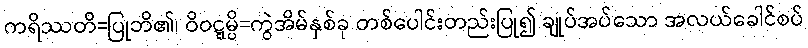
ကရိဿတိ=ပြုဘိ၏၊ ဝိဝဋ္ဋမ္ပိ=ကွဲအိမ်နှစ်ခု တစ်ပေါင်းတည်းပြု၍ ချုပ်အပ်သော အလယ်ခေါင်စပ်